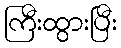
ကြီးထွားပြီး